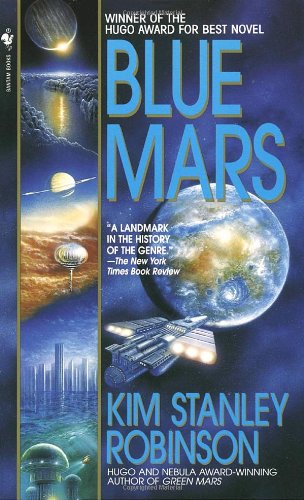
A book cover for Blue Mars (Mars Trilogy); Kim Stanley Robinson; Science Fiction & Fantasy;